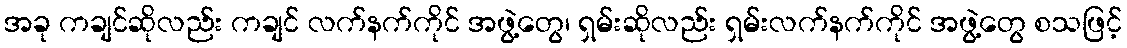
အခု ကချင်ဆိုလည်း ကချင် လက်နက်ကိုင် အဖွဲ့တွေ၊ ရှမ်းဆိုလည်း ရှမ်းလက်နက်ကိုင် အဖွဲ့တွေ စသဖြင့်